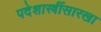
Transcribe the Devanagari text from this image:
पदेशास्त्रींसारखा